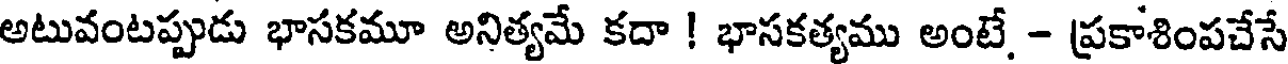
అటువంటప్పుడు భాసకమూ అనిత్యమే కదా ! భాసకత్యము అంటే, - ప్రకాశింపచేసే